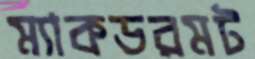
ম্যাকডরমট